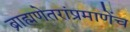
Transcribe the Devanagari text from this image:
ब्राह्मणेतरांप्रमाणेंच